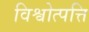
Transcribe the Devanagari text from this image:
विश्वोत्पत्ति